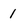
Character: 1